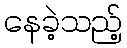
နေခဲ့သည့်